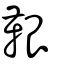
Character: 鞎